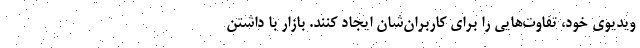
ویدیوی خود، تفاوت‌هایی را برای کاربران‌شان ایجاد کنند. بازار با داشتن